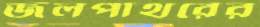
জলপাথরের